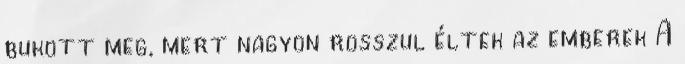
bukott meg, mert nagyon rosszul éltek az emberek A